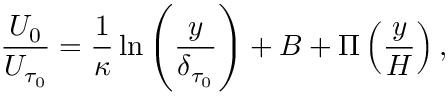
\frac { U _ { 0 } } { U _ { \tau _ { 0 } } } = \frac { 1 } { \kappa } \ln \left( \frac { y } { \delta _ { \tau _ { 0 } } } \right) + B + \Pi \left( \frac { y } { H } \right) ,